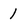
Character: 1